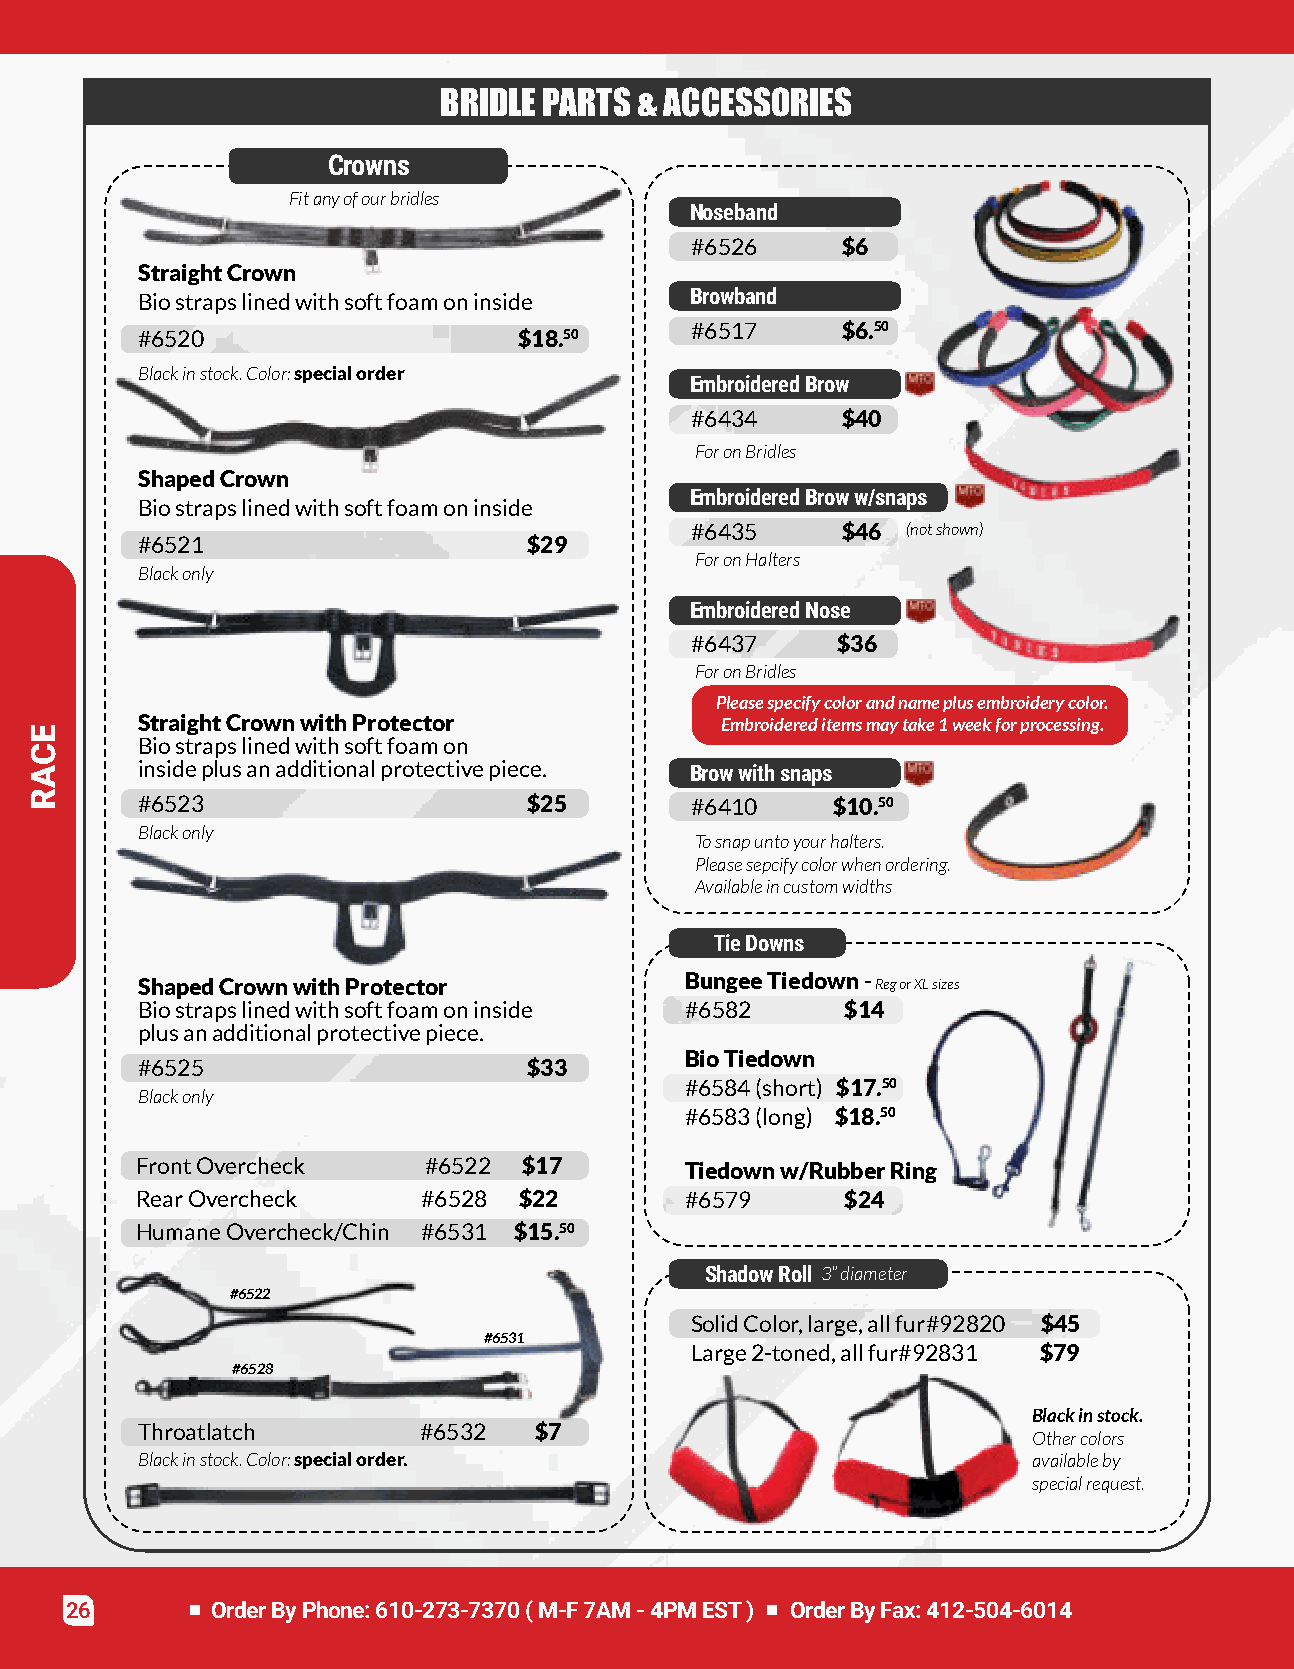
BRIDLEPARTS&ACCESSORIES
 Crowns
 Fitanyofourbridles
 Noseband
 #6526     $6
 StraightCrown
 Biostrapslinedwithsoftfoamoninside   Browband
 #6517     $6.50
 #6520                    $18.50
 Blackinstock.Color:specialorder
 EmbroideredBrow
 #6434     $40
 ForonBridles
 ShapedCrown
 EmbroideredBroww/snaps
 Biostrapslinedwithsoftfoamoninside
 #6435     $46 (notshown)
 #6521                     $29
 ForonHalters
 Blackonly
 EmbroideredNose
 #6437    $36
 ForonBridles
 Pleasespecifycolorandnameplusembroiderycolor.
 StraightCrownwithProtector             Embroidereditemsmaytake1weekforprocessing.
 Biostrapslinedwithsoftfoamon
 insideplusanadditionalprotectivepiece. Browwithsnaps
 #6523                     $25        #6410    $10.50
 Blackonly
 Tosnapuntoyourhalters.
 Pleasesepcifycolorwhenordering.
 Availableincustomwidths
 TieDowns
 ShapedCrownwithProtector            BungeeTiedown- RegorXLsizes
 Biostrapslinedwithsoftfoamoninside  #6582      $14
 plusanadditionalprotectivepiece.
 BioTiedown
 #6525                     $33
 #6584(short) $17.50
 Blackonly
 #6583(long) $18.50
 FrontOvercheck     #6522  $17       Tiedownw/RubberRing
 RearOvercheck      #6528 $22        #6579      $24
 HumaneOvercheck/Chin #6531 $15.50
 ShadowRoll 3”diameter
 #6522
 SolidColor,large,allfur#92820 $45
 #6531
 Large2-toned,allfur#92831 $79
 #6528
 Blackinstock.
 Throatlatch        #6532  $7
 Othercolors
 Blackinstock.Color:specialorder.                           availableby
 specialrequest.
 26        OrderByPhone:610-273-7370(M-F7AM-4PMEST) OrderByFax:412-504-6014
 ECAR